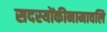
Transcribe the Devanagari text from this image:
सदस्योंकीनामावलि